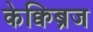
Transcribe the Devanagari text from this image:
केक्विब्रज